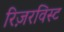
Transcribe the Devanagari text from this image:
रिज़रविस्ट